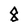
Character: 8